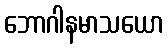
ဘောဂါနမာသယော